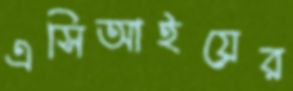
এসিআইয়ের